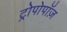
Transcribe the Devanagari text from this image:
ट्रोपोपॉज़